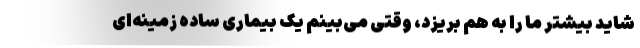
شاید بیشتر ما را به هم بریزد، وقتی می‌بینم یک بیماری ساده‌ زمینه‌ای